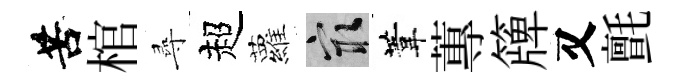
苦棺尋超蘿冣葦蓴簰又氈